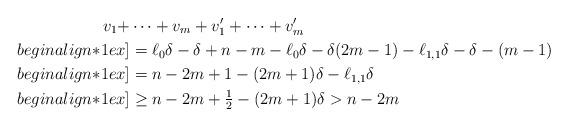
LaTeX: \begin{align*}v_1+&\dots+v_m+v'_1+\dots+v'_m\\begin{align*}1ex]&=\ell_0\delta-\delta+n-m-\ell_0\delta-\delta(2m-1)-\ell_{1,1}\delta-\delta-(m-1)\\begin{align*}1ex]&=n-2m+1-(2m+1)\delta-\ell_{1,1}\delta\\begin{align*}1ex]&\ge n-2m+\tfrac12-(2m+1)\delta>n-2m\end{align*}